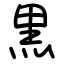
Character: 黒